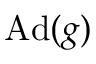
\operatorname { A d } ( g )